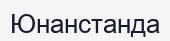
Юнанстанда